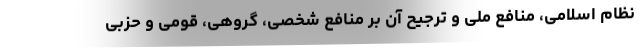
نظام اسلامی، منافع ملی و ترجیح آن بر منافع شخصی، گروهی، قومی و حزبی